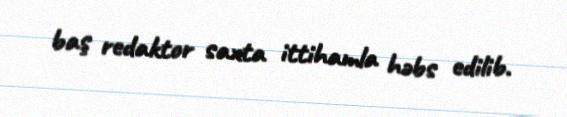
baş redaktor saxta ittihamla həbs edilib.